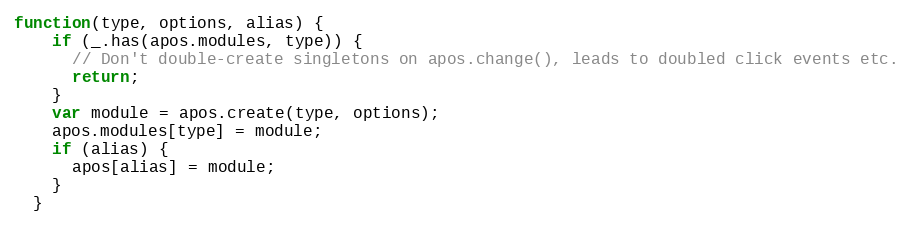
Language: JavaScript
function(type, options, alias) {
    if (_.has(apos.modules, type)) {
      // Don't double-create singletons on apos.change(), leads to doubled click events etc.
      return;
    }
    var module = apos.create(type, options);
    apos.modules[type] = module;
    if (alias) {
      apos[alias] = module;
    }
  }